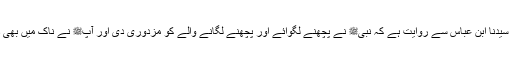
1479: سیدنا ابن عباسؓ سے روایت ہے کہ نبیﷺ نے پچھنے لگوائے اور پچھنے لگانے والے کو مزدوری دی اور آپﷺ نے ناک میں بھی دوا ڈالی۔